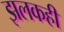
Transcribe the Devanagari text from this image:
झलकही